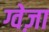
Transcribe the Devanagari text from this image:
ग्वेज़ा